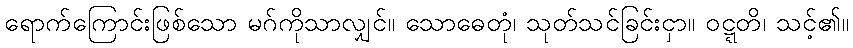
ရောက်ကြောင်းဖြစ်သော မဂ်ကိုသာလျှင်။ သောဓေတုံ၊ သုတ်သင်ခြင်းငှာ။ ဝဋ္ဋတိ၊ သင့်၏။